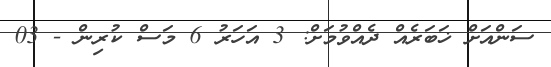
ސަންއަށް ޚަބަރެއް ދެއްވުމަށް: 3 އަހަރު 6 މަސް ކުރިން - 03